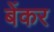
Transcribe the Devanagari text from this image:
बेंकर